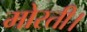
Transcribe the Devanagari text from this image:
मोरती।